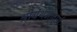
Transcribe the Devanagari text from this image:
श्रीग्रंथभावार्थ